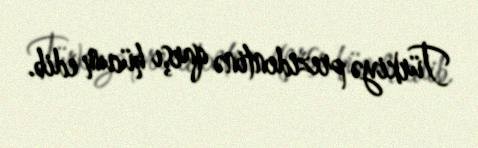
Türkiyə prezidentinə qarşı hücum edib.